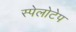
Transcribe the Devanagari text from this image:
स्पेलोटेप